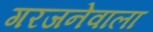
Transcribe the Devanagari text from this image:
गरजनेवाला